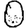
Digit: 0